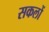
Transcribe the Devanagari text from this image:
सकलों